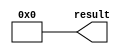
module top(result);
  output signed [9:0] result;

  wire signed [9:0] intermediate [0:2];

  function integer depth2Index;
    input integer depth;

    depth2Index = depth;
  endfunction

  assign intermediate[depth2Index(2)] = 0;
  assign result = intermediate[2];
endmodule